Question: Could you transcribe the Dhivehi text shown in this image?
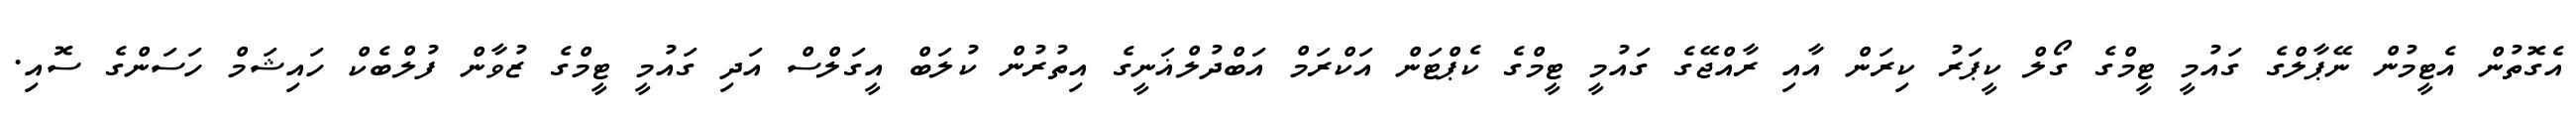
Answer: އެގޮތުން އެޓީމުން ނޭޕާލްގެ ގައުމީ ޓީމްގެ ގޯލް ކީޕަރު ކިރަން އާއި ރާއްޖޭގެ ގައުމީ ޓީމްގެ ކެޕްޓަން އަކްރަމް އަބްދުލްޣަނީގެ އިތުރުން ކުލަބް އީގަލްސް އަދި ގައުމީ ޓީމްގެ ޒުވާން ފުލްބެކް ހައިޝަމް ހަސަންގެ ސޮއި.